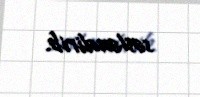
səsləndirib.